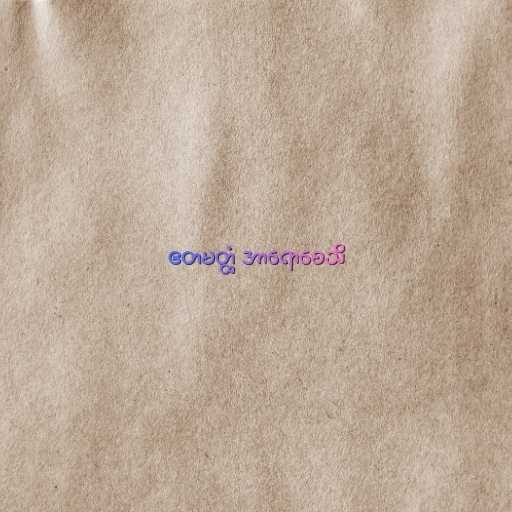
ဧတမတ္ထံ အာရောစေသိ